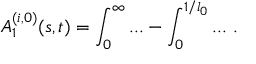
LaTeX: A _ { 1 } ^ { ( i , 0 ) } ( s , t ) = \int _ { 0 } ^ { \infty } . . . - \int _ { 0 } ^ { 1 / l _ { 0 } } . . . \ .